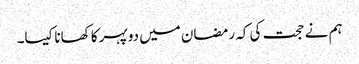
ہم نے حجت کی کہ رمضان میں دوپہر کا کھانا کیسا۔